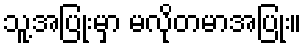
သူ့အပြုံးမှာ မလိုတမာအပြုံး။